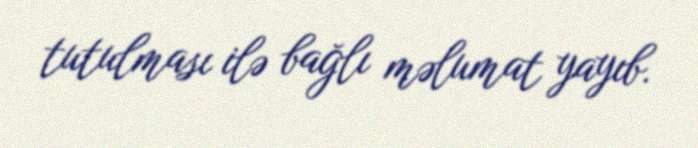
tutulması ilə bağlı məlumat yayıb.